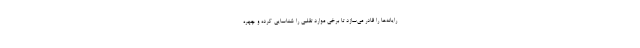
رایانه‌ها را قادر می‌سازد تا برخی موارد تقلبی را شناسایی کرده و چهره